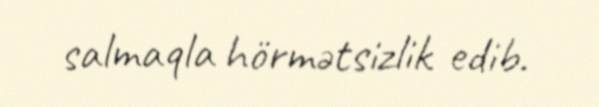
salmaqla hörmətsizlik edib.